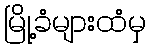
မြို့ခံများထံမှ